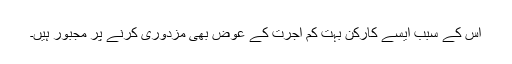
اس کے سبب ایسے کارکن بہت کم اجرت کے عوض بھی مزدوری کرنے پر مجبور ہیں۔